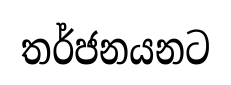
තර්ජනයනට